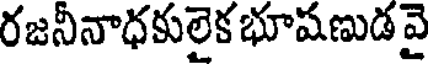
రజనీనాధకులైక భూషణుడ వై